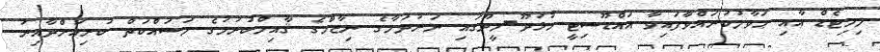
ލިމިޓެޑް އާއި ޙަވާލުކުރައްވާފައިވާ އައްޑޫސިޓީ ހުޅުދޫ-މީދޫގައި ނަރުދަމާގެ ނިޒާމްގެ ޤާއިމްކުރުމުގެ މަސައްކަތް ކުރިއަށްދާއިރު